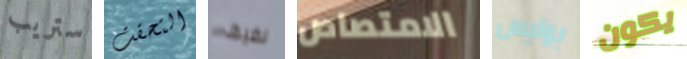
ستريب التحقت نضيف الامتصاص بوليس يكون